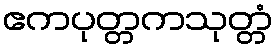
ဧကပုတ္တကသုတ္တံ